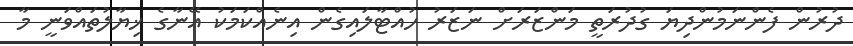
ދުރުން ފެންނަމުންދިޔަ ގުދުރަތީ މަންޒަރަށް ނަޒަރު ހުއްޓާލައިގެން އިނެއްކަމަކު އޭނާގެ ޚިޔާލުތައްވަނީ މާ